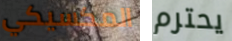
المكسيكي يحترم